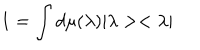
LaTeX: 1 = \int d \mu ( \lambda ) | \lambda > < \lambda |